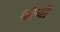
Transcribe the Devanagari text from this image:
बरेनी